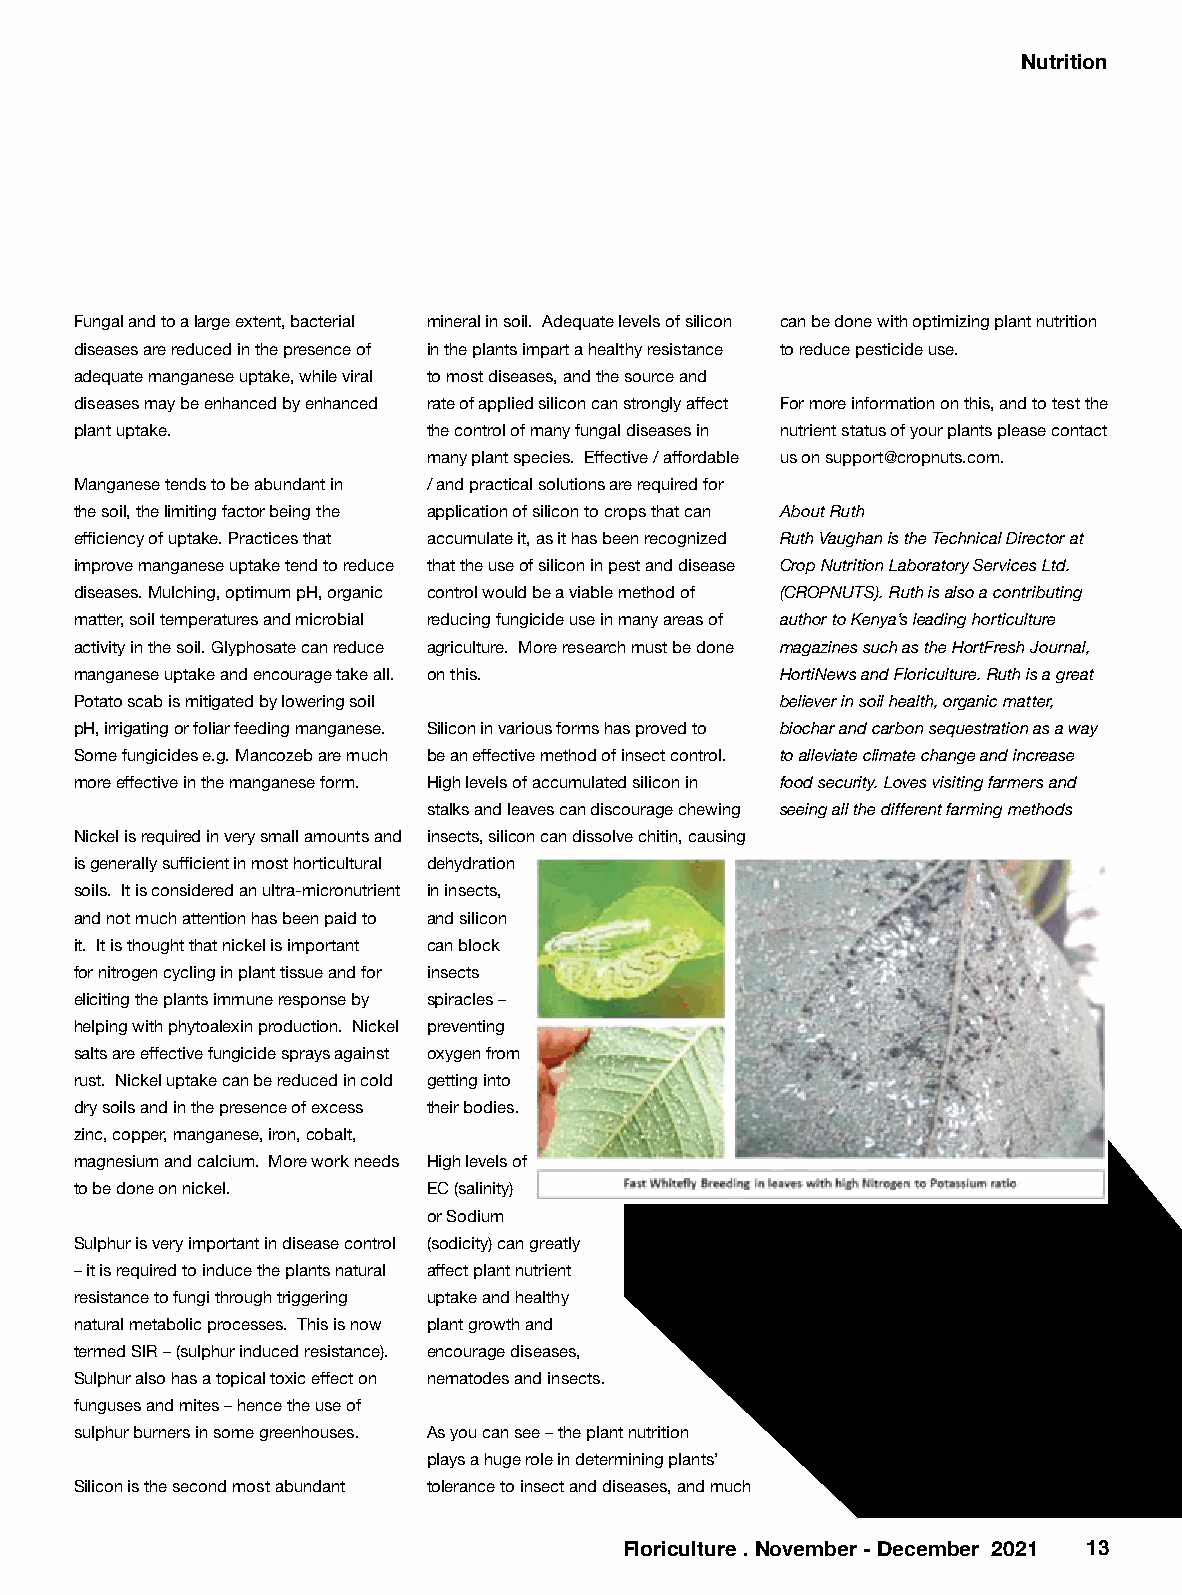
Nutrition
 Fungal and to a large extent, bacterial mineral in soil. Adequate levels of silicon can be done with optimizing plant nutrition
 diseases are reduced in the presence of in the plants impart a healthy resistance to reduce pesticide use.
 adequate manganese uptake, while viral to most diseases, and the source and
 diseases may be enhanced by enhanced rate of applied silicon can strongly affect For more information on this, and to test the
 plant uptake.          the control of many fungal diseases in nutrient status of your plants please contact
 many plant species. Effective / affordable us on support@cropnuts.com.
 Manganese tends to be abundant in / and practical solutions are required for
 the soil, the limiting factor being the application of silicon to crops that can About Ruth
 efficiency of uptake. Practices that accumulate it, as it has been recognized Ruth Vaughan is the Technical Director at
 improve manganese uptake tend to reduce that the use of silicon in pest and disease Crop Nutrition Laboratory Services Ltd.
 diseases. Mulching, optimum pH, organic control would be a viable method of (CROPNUTS). Ruth is also a contributing
 matter, soil temperatures and microbial reducing fungicide use in many areas of author to Kenya’s leading horticulture
 activity in the soil. Glyphosate can reduce agriculture. More research must be done magazines such as the HortFresh Journal,
 manganese uptake and encourage take all. on this. HortiNews and Floriculture. Ruth is a great
 Potato scab is mitigated by lowering soil      believer in soil health, organic matter,
 pH, irrigating or foliar feeding manganese. Silicon in various forms has proved to biochar and carbon sequestration as a way
 Some fungicides e.g. Mancozeb are much be an effective method of insect control. to alleviate climate change and increase
 more effective in the manganese form. High levels of accumulated silicon in food security. Loves visiting farmers and
 stalks and leaves can discourage chewing seeing all the different farming methods
 Nickel is required in very small amounts and insects, silicon can dissolve chitin, causing
 is generally sufficient in most horticultural dehydration
 soils. It is considered an ultra-micronutrient in insects,
 and not much attention has been paid to and silicon
 it. It is thought that nickel is important can block
 for nitrogen cycling in plant tissue and for insects
 eliciting the plants immune response by spiracles –
 helping with phytoalexin production. Nickel preventing
 salts are effective fungicide sprays against oxygen from
 rust. Nickel uptake can be reduced in cold getting into
 dry soils and in the presence of excess their bodies.
 zinc, copper, manganese, iron, cobalt,
 magnesium and calcium. More work needs High levels of
 to be done on nickel.  EC (salinity)
 or Sodium
 Sulphur is very important in disease control (sodicity) can greatly
 – it is required to induce the plants natural affect plant nutrient
 resistance to fungi through triggering uptake and healthy
 natural metabolic processes. This is now plant growth and
 termed SIR – (sulphur induced resistance). encourage diseases,
 Sulphur also has a topical toxic effect on nematodes and insects.
 funguses and mites – hence the use of
 sulphur burners in some greenhouses. As you can see – the plant nutrition
 plays a huge role in determining plants’
 Silicon is the second most abundant tolerance to insect and diseases, and much
 Floriculture . November - December 2021 13